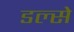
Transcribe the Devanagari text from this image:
डल्से